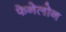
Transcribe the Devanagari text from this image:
फेनेलोन